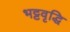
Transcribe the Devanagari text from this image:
भट्टवृद्धि